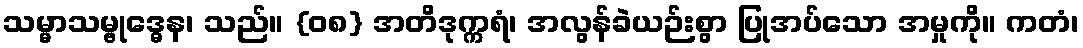
သမ္မာသမ္ဗုဒ္ဓေန၊ သည်။ {၀၈} အတိဒုက္ကရံ၊ အလွန်ခဲယဉ်းစွာ ပြုအပ်သော အမှုကို။ ကတံ၊